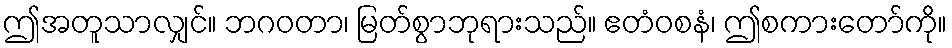
ဤအတူသာလျှင်။ ဘဂဝတာ၊ မြတ်စွာဘုရားသည်။ ဧတံဝစနံ၊ ဤစကားတော်ကို။